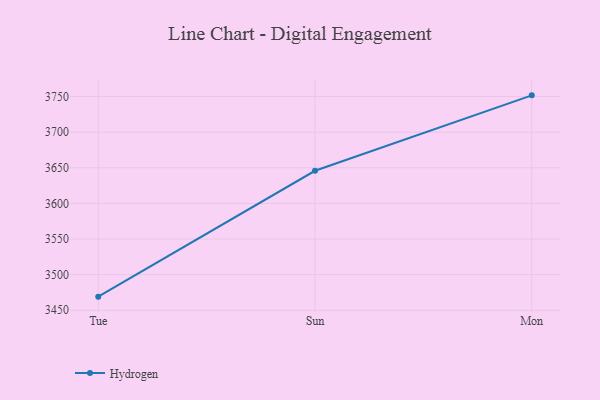
{"axis": {"x": "Day", "y": "Tickets Resolved"}, "legend": ["Hydrogen"], "data": [{"x": "Tue", "y": 3469.1, "type": "Hydrogen"}, {"x": "Sun", "y": 3645.8, "type": "Hydrogen"}, {"x": "Mon", "y": 3751.7, "type": "Hydrogen"}]}